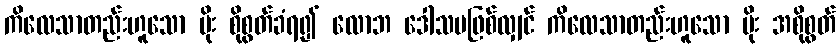
ကိလေသာတည်းဟူသော မိုး စိုစွတ်ခံရ၍ လောဘ ဒေါသမဖြစ်လျှင် ကိလေသာတည်းဟူသော မိုး အစိုစွတ်